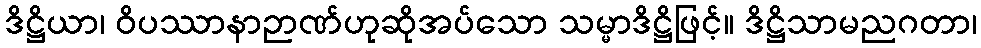
ဒိဋ္ဌိယာ၊ ဝိပဿာနာဉာဏ်ဟုဆိုအပ်သော သမ္မာဒိဋ္ဌိဖြင့်။ ဒိဋ္ဌိသာမညဂတာ၊